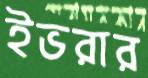
ইভরার